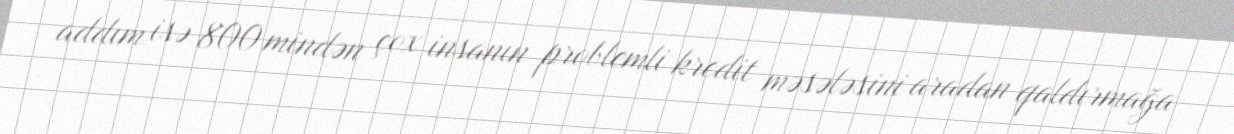
addım isə 800 mindən çox insanın problemli kredit məsələsini aradan qaldırmağa